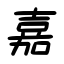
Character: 嘉